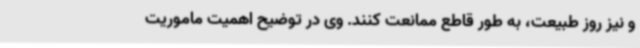
و نیز روز طبیعت، به طور قاطع ممانعت کنند. وی در توضیح اهمیت ماموریت